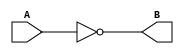
module notGate(A,B);

    input A;
    output B;
    not (B,A);

endmodule